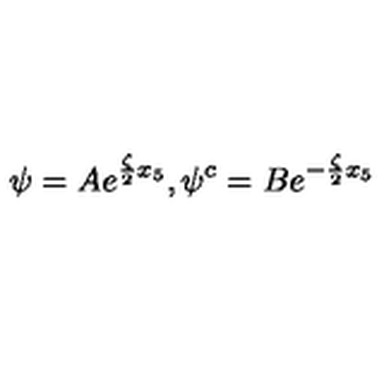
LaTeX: \psi = A e ^ { \frac { \zeta } { 2 } x _ { 5 } } , \psi ^ { c } = B e ^ { - \frac { \zeta } { 2 } x _ { 5 } }